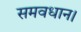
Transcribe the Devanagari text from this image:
समवधान।